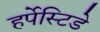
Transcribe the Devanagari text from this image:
हर्पेस्टिडे